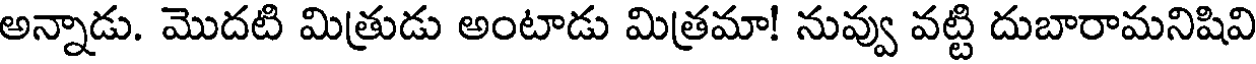
అన్నాడు. మొదటి మిత్రుడు అంటాడు మిత్రమా! నువ్వు వట్టి దుబారామనిషివి